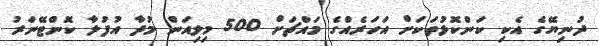
ދުނިޔޭގެ އެކި ކަންކޮޅުތަކަށް އަހަރެއްގެ މައްޗަށް 500 މިލިއަން މުދާ އުފުލާ ކޮންޓޭނަރު